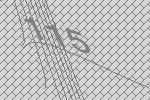
115